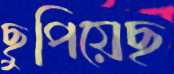
ছুপিয়েছ